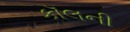
કૉલની